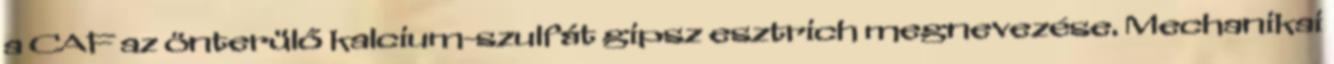
a CAF az önterülő kalcium-szulfát gipsz esztrich megnevezése. Mechanikai